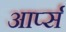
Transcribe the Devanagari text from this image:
आर्प्स